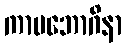
ကာမဘောဂိနာ